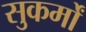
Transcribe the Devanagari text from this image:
सुकर्मों